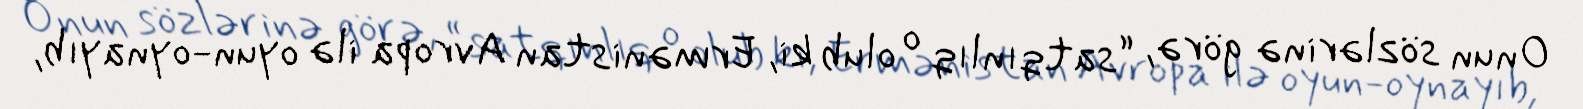
Onun sözlərinə görə, “satqınlıq o olub ki, Ermənistan Avropa ilə oyun-oynayıb,